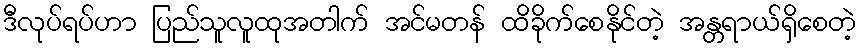
ဒီလုပ်ရပ်ဟာ ပြည်သူလူထုအတါက် အင်မတန် ထိခိုက်စေနိုင်တဲ့ အန္တရာယ်ရှိစေတဲ့